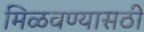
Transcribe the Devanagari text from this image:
मिळवण्यासठी